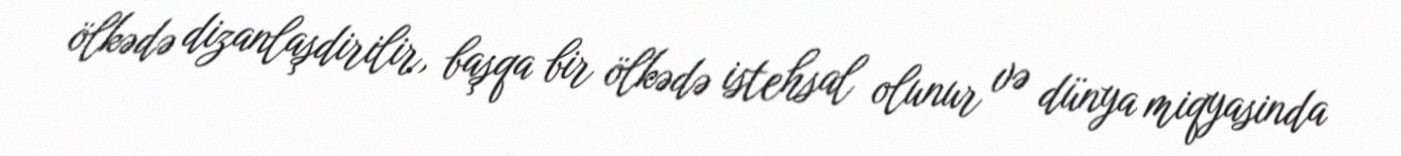
ölkədə dizanlaşdirilir, başqa bir ölkədə istehsal olunur və dünya miqyasinda